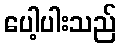
ပေါ့ပါးသည်